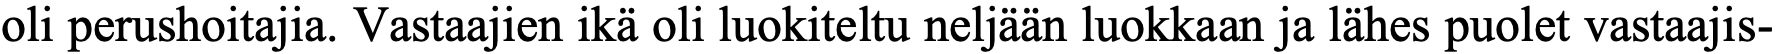
oli perushoitajia. Vastaajien ikä oli luokiteltu neljään luokkaan ja lähes puolet vastaajis-